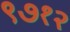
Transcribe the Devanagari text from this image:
९७१२